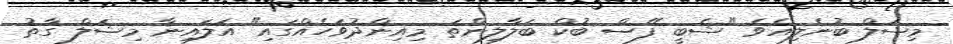
މިޝަލް ބުނެލިއެވެ "ޝެބީ ފޭސް ބުކް ބަލާލިންތަ މިއިންދުވަހެއްގައި" އަލައިނާ މިޝަލް ގާތު